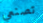
تصنعي